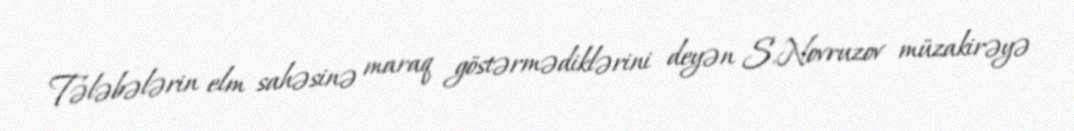
Tələbələrin elm sahəsinə maraq göstərmədiklərini deyən S.Novruzov müzakirəyə